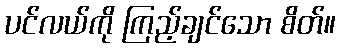
ပင်လယ်ကို ကြည့်ချင်သော စိတ်။